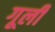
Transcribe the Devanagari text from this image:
गूली